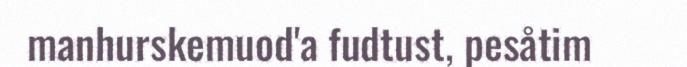
manhurskemuod'a fudtust, pesåtim